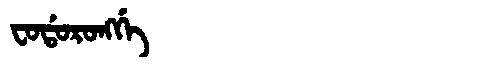
Manchu: ᠸᠣᡩᠣᡵᠣᠩᡤᡝ
Romanization: FODORONGGE